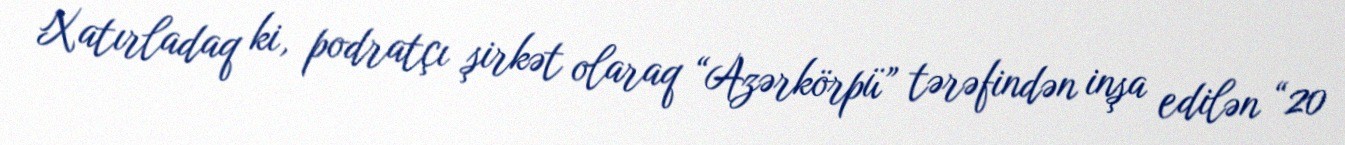
Xatırladaq ki, podratçı şirkət olaraq “Azərkörpü” tərəfindən inşa edilən “20